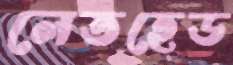
লেতহেড